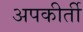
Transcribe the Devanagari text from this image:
अपकीर्ती